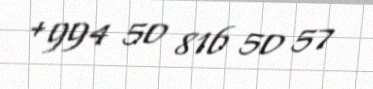
+994 50 816 50 57